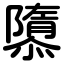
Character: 隳